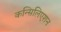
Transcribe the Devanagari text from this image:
कन्सिलिएशन